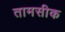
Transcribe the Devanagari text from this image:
तामसीक